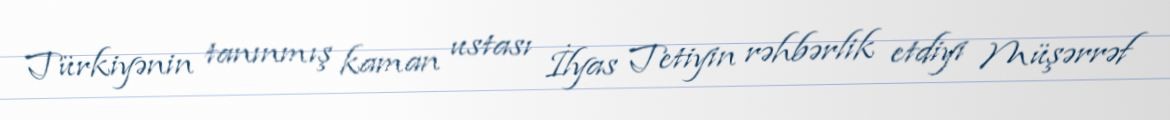
Türkiyənin tanınmış kaman ustası İlyas Tetiyin rəhbərlik etdiyi Müşərrəf